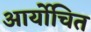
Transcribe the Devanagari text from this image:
आर्योचित